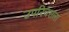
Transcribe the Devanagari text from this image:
उपरिचराला